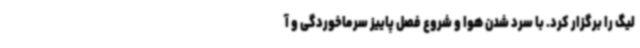
لیگ را برگزار کرد. با سرد شدن هوا و شروع فصل پاییز سرماخوردگی و آ